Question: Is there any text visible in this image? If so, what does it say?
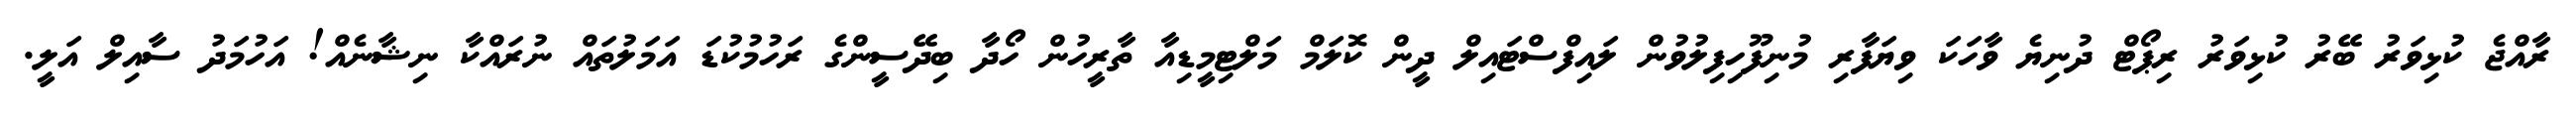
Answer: ރާއްޖެ ކުޅިވަރު ބޭރު ކުޅިވަރު ރިޕޯޓް ދުނިޔެ ވާހަކަ ވިޔަފާރި މުނިފޫހިފިލުވުން ލައިފްސްޓައިލް ދީން ކޮލަމް މަލްޓިމީޑިއާ ތާރީހުން ހޯދާ ބިދޭސީންގެ ރަހުމުކުޑަ އަމަލުތައް ނުރައްކާ ނިޝާނެއް! އަހުމަދު ސާއިލް އަލީ.